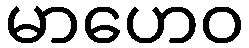
မာဟေဝ